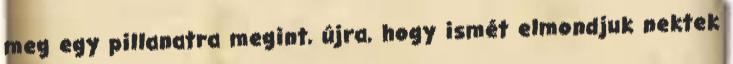
meg egy pillanatra megint, újra, hogy ismét elmondjuk nektek